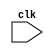
module checker (input clk);
  
  parameter DATASIZE = 8;
  parameter BUFFSIZE = 1024;
  parameter ADDRSIZE = 10;
  parameter STRRSIZE = 8*50;

  parameter NOTFULL = 0;
  parameter FULL = 1;
  parameter ALMOSTFULL = 2;
  parameter FILLINGUP = 3;

  reg [DATASIZE : 0] got [BUFFSIZE - 1 : 0];
  reg [DATASIZE : 0] exp [BUFFSIZE - 1 : 0];
  
  integer nGot;
  integer nExp;

  reg [ADDRSIZE - 1 : 0] gotRdPtr;
  reg [ADDRSIZE - 1 : 0] gotWrPtr;
  reg [ADDRSIZE - 1 : 0] expRdPtr;
  reg [ADDRSIZE - 1 : 0] expWrPtr;

  reg[STRRSIZE : 1] name;

  task new(input reg[STRRSIZE : 1] inName);
    begin
      name      = inName;
      nGot      = 0;
      nExp      = 0;
      gotRdPtr  = 0;
      gotWrPtr  = 0;
      expRdPtr  = 0;
      expWrPtr  = 0;
    end
  endtask

  function [1:0] addGot(input reg [DATASIZE - 1 : 0] data);
    if(nGot == 1024) begin
      addGot = FULL;
    end
    else if(nGot == 1023) begin
      addGot = ALMOSTFULL;
    end
    else if (nGot == 1014) begin
      addGot = FILLINGUP;
    end
    else begin
      got[nGot] = data;
      nGot = nGot + 1;
      gotWrPtr = gotWrPtr + 1;
      addGot = NOTFULL;
    end
  endfunction

  function [1:0] addExp(input reg [DATASIZE - 1 : 0] data);
    if(nExp == 1024) begin
      addExp = FULL;
    end
    else if(nExp == 1023) begin
      addExp = ALMOSTFULL;
    end
    else if (nExp == 1014) begin
      addExp = FILLINGUP;
    end
    else begin
      exp[nExp] = data;
      nExp = nExp + 1;
      expWrPtr = expWrPtr + 1;
      addExp = NOTFULL;
    end
  endfunction

  task checkAll;
    integer i;

    begin
      if(nGot !== nExp) begin
        $write("ERROR: %0s: Count Mismatch Got %0d bytes. Expected $0d\n", name, nGot, nExp);
      end
      else begin
        for(i = 0; i < nGot; i = 0) begin
          if(got[i] !== exp[i]) begin
            $write("ERROR: %0s: Byte mismatch at index: %0d Got: %0h Expected: %0h", name, i, got[i], exp[i]);
          end
        end
        nGot = 0;
        nExp = 0;
        gotRdPtr = 0;
        gotWrPtr = 0;
        expRdPtr = 0;
        expWrPtr = 0;
      end
    end
  endtask


  task check;
    while(1) begin
      if(nGot > 0 && nExp > 0) begin
      
      end
    end
  endtask

endmodule